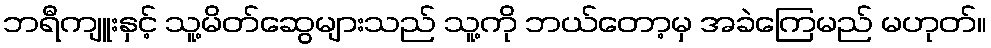
ဘရီကျူးနှင့် သူ့မိတ်ဆွေများသည် သူ့ကို ဘယ်တော့မှ အခဲကြေမည် မဟုတ်။